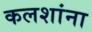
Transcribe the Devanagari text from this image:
कलशांना